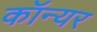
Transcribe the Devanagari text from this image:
कॉन्यर